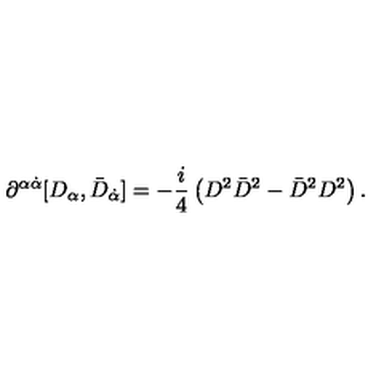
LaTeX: \partial ^ { \alpha \dot { \alpha } } [ D _ { \alpha } , \bar { D } _ { \dot { \alpha } } ] = - \frac { i } { 4 } \left( D ^ { 2 } \bar { D } ^ { 2 } - \bar { D } ^ { 2 } D ^ { 2 } \right) .